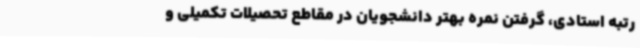
رتبه استادی، گرفتن نمره بهتر دانشجویان در مقاطع تحصیلات تکمیلی و